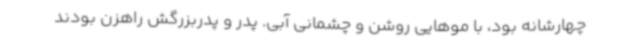
چهارشانه بود، با موهایی روشن و چشمانی آبی. پدر و پدربزرگش راهزن بودند